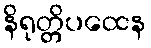
နိရုတ္တိပထေန